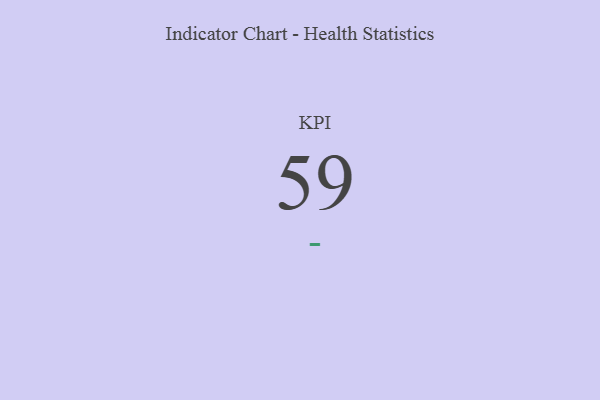
{"axis": {"x": "KPI", "y": "Value"}, "legend": [""], "data": [{"x": "KPI", "y": 59, "type": ""}]}